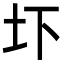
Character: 圷